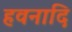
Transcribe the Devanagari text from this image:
हवनादि